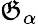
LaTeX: \mathfrak{G}_{\alpha}